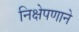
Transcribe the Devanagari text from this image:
निक्षेपणाने